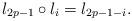
LaTeX: \begin{align*}l_{2p-1} \circ l_i = l_{2p-1-i}.\end{align*}